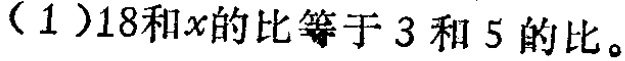
（1）$18:x = 3:5$